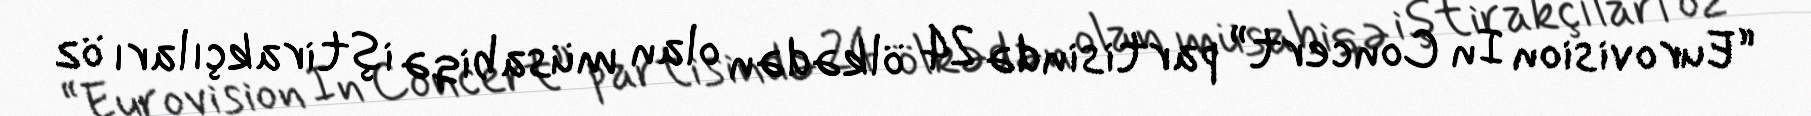
“Eurovision In Concert” partisində 24 ölkədən olan müsabiqə iştirakçıları öz